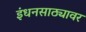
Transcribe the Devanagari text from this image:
इंधनसाठ्यावर